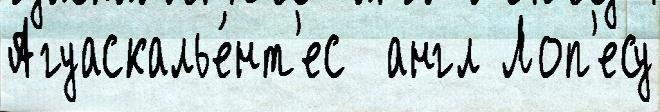
Агуаскалье́нт'ес  англ Лоп'есу